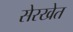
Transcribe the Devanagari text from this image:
सेरखेत